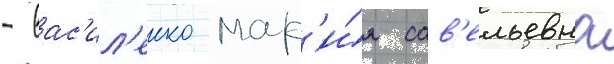
- вас'ил'енко мар'и́я сав'ельевна